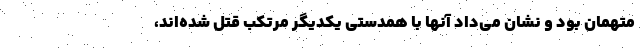
متهمان بود و نشان می‌داد آنها با همدستی یکدیگر مرتکب قتل شده‌اند،